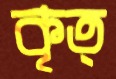
কৃত্